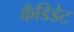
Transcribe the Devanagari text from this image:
कँडिडेट